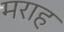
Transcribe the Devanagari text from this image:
मराह